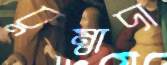
বুম্বাদা